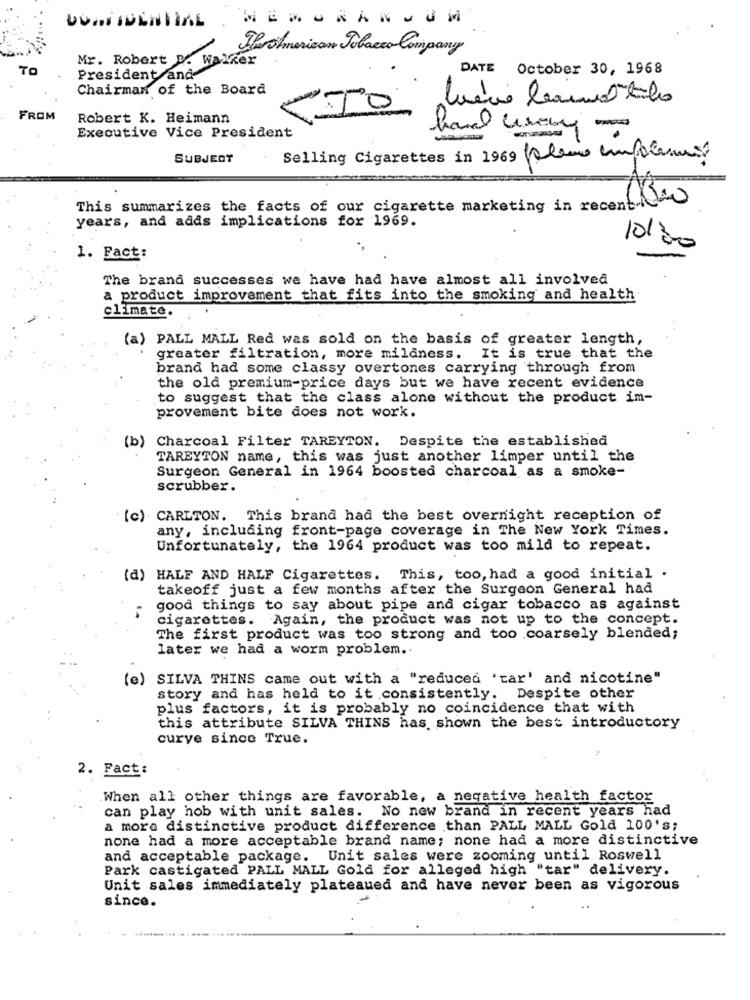
UUNI IDENTIAL
Theshmerican Polacco Company
Mr. Robert B. Walker
TO
DATE October 30, 1968
President and
Chairman of the Board
FROM
Robert K. Heimann
CIO
Executive Vice President
hard wreby
SUBJECT
Selling Cigarettes in 1969 (aleme empolese
This summarizes the facts of our cigarette marketing in recentthe
years, and adds implications for 1969.
10/200
1. Fact:
The brand successes we have had have almost all involved
a product improvement that fits into the smoking and health
climate.
(a) PALL MALL Red was sold on the basis of greater length,
greater filtration, more milaness.
It is true that the
brand had some classy overtones carrying through from
the old premium-price days but we have recent evidence
to suggest that the class alone without the product im-
provement bite does not work.
(b) Charcoal Filter TAREYTON. Despite the established
TAREYTON name, this was just another limper until the
Surgeon General in 1964 boosted charcoal as a smoke-
scrubber.
(c) CARLTON. This brand had the best overnight reception of
any, including front-page coverage in The New York Times.
Unfortunately, the 1964 product was too mild to repeat.
(d) HALF AND HALF Cigarettes. This, too, had a good initial .
takeoff just a few months after the Surgeon General had
good things to say about pipe and cigar tobacco as against
cigarettes. Again, the product was not up to the concept.
The first product was too strong and too coarsely blended;
later we had a worm problem ..
(e)
SILVA THINS came out with a "reduced 'tar' and nicotine"
story and has held to it consistently. Despite other
plus factors, it is probably no coincidence that with
this attribute SILVA THINS has shown the best introductory
curve since True.
2. Fact:
When all other things are favorable, a negative health factor
can play hob with unit sales. No new brand in recent years had
a more distinctive product difference than PALL MALL Gold 100's;
none had a more acceptable brand name; none had a more distinctive
and acceptable package. Unit sales were zooming until Roswell
Park castigated PALL MALL Gold for alleged high "tar" delivery.
Unit sales immediately plateaued and have never been as vigorous
since.